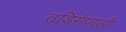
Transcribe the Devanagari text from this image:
तड़िगैपाड़ी